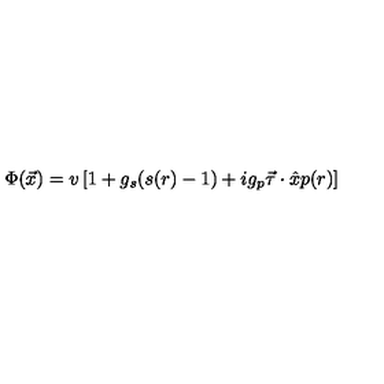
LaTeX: \Phi ( \vec { x } ) = v \left[ 1 + g _ { s } ( s ( r ) - 1 ) + i g _ { p } \vec { \tau } \cdot \hat { x } p ( r ) \right]